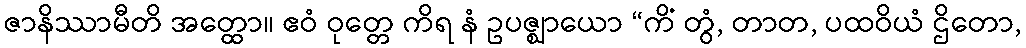
ဇာနိဿာမီတိ အတ္ထော။ ဧဝံ ဝုတ္တေ ကိရ နံ ဥပဇ္ဈာယော “ကိံ တွံ, တာတ, ပထဝိယံ ဌိတော,